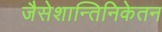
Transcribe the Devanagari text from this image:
जैसेशान्तिनिकेतन